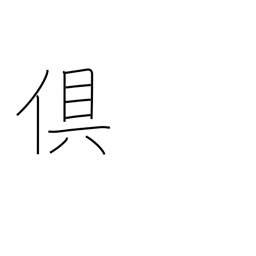
Meaning: both